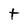
Character: t